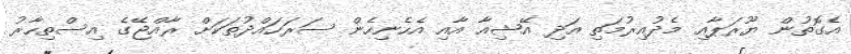
އެގޮތުން ޔޫރަޕާއި މެދުއިރުމަތި އަދި އޭޝިއާ އާއި އެހެނިހެން ސަރަހައްދުތަކަށް ރާއްޖޭގެ އިސްތިހާރު